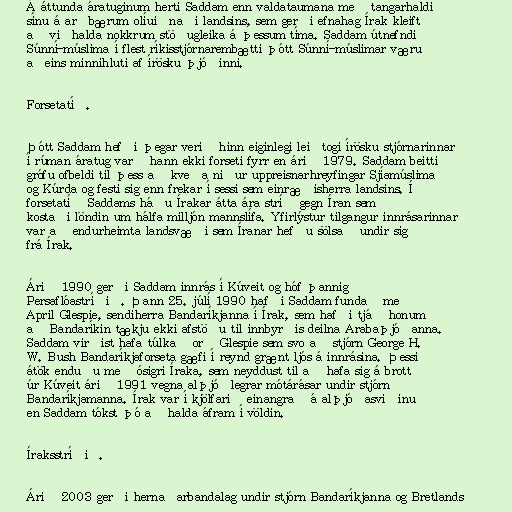
Á áttunda áratuginum herti Saddam enn valdataumana með tangarhaldi
sínu á arðbærum olíuiðnaði landsins, sem gerði efnahag Írak kleift
að viðhalda nokkrum stöðugleika á þessum tíma. Saddam útnefndi
Súnní-múslima í flest ríkisstjórnarembætti þótt Súnní-múslimar væru
aðeins minnihluti af írösku þjóðinni.

Forsetatíð.

Þótt Saddam hefði þegar verið hinn eiginlegi leiðtogi írösku stjórnarinnar
í rúman áratug varð hann ekki forseti fyrr en árið 1979. Saddam beitti
grófu ofbeldi til þess að kveða niður uppreisnarhreyfingar Sjíamúslima
og Kúrda og festi sig enn frekar í sessi sem einræðisherra landsins. Í
forsetatíð Saddams háðu Írakar átta ára stríð gegn Íran sem
kostaði löndin um hálfa milljón mannslífa. Yfirlýstur tilgangur innrásarinnar
var að endurheimta landsvæði sem Íranar hefðu sölsað undir sig
frá Írak.

Árið 1990 gerði Saddam innrás í Kúveit og hóf þannig
Persaflóastríðið. Þann 25. júlí 1990 hafði Saddam fundað með
April Glespie, sendiherra Bandaríkjanna í Írak, sem hafði tjáð honum
að Bandaríkin tækju ekki afstöðu til innbyrðis deilna Arabaþjóðanna.
Saddam virðist hafa túlkað orð Glespie sem svo að stjórn George H.
W. Bush Bandaríkjaforseta gæfi í reynd grænt ljós á innrásina. Þessi
átök enduðu með ósigri Íraka, sem neyddust til að hafa sig á brott
úr Kúveit árið 1991 vegna alþjóðlegrar mótárásar undir stjórn
Bandaríkjamanna. Írak var í kjölfarið einangrað á alþjóðasviðinu
en Saddam tókst þó að halda áfram í völdin.

Íraksstríðið.

Árið 2003 gerði hernaðarbandalag undir stjórn Bandaríkjanna og Bretlands